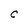
Character: C